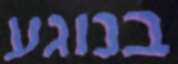
בנוגע